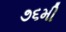
૭૬મી